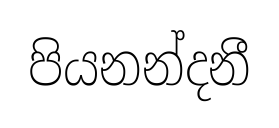
පියනන්දනී